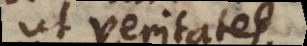
ut veritates